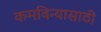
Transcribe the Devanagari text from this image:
कमविन्यासाठी